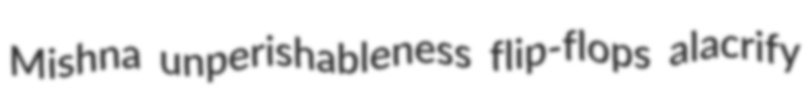
Mishna unperishableness flip-flops alacrify